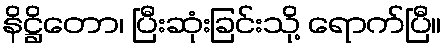
နိဋ္ဌိတော၊ ပြီးဆုံးခြင်းသို့ ရောက်ပြီ။